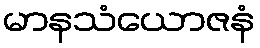
မာနသံယောဇနံ